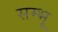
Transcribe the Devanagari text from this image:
सम्भू